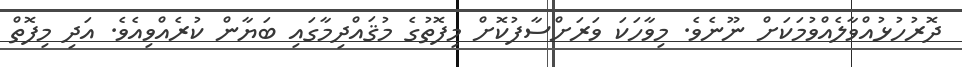
ދޮރުހުޅުއްވާލެއްވުމަކަށް ނޫނެވެ. މިވާހަކަ ވަރަށްސާފުކޮށް މިފޮތުގެ މުޤައްދިމާގައި ބަޔާން ކުރެއްވިއެވެ. އަދި މިފޮތް